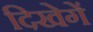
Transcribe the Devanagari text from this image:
दिखेगें